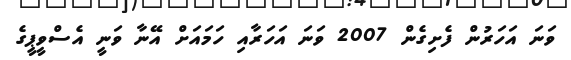
ވަނަ އަހަރުން ފެށިގެން 2007 ވަނަ އަހަރާއި ހަމައަށް އޭނާ ވަނީ އެސްވީޕީގެ